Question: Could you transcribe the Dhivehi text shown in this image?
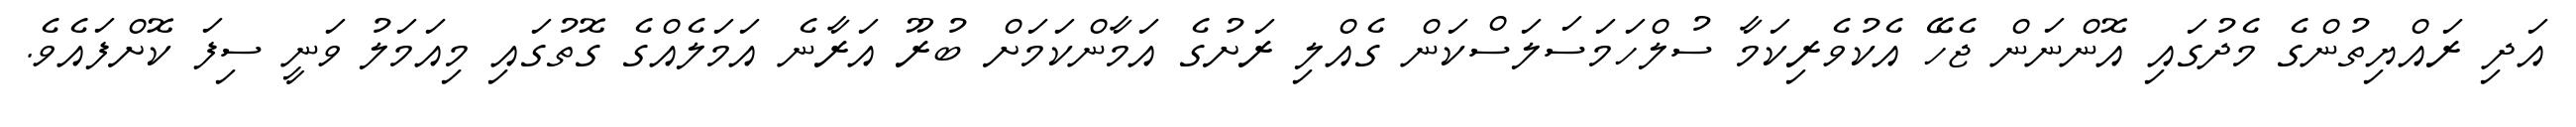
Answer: އަދި ރައްޔިތުންގެ މެދުގައި އޮންނަން ޖެހޭ އެކުވެރިކަމާ ސުލްހަމަސަލަސްކަން ގެއްލި ރަށުގެ އަމާންކަމަށް ބުރޫ އަރާނެ އަމަލެއްގެ ގޮތުގައި މިއަމަލު ވަނީ ސިފަ ކޮށްފައެވެ.